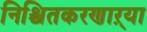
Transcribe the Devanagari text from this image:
निश्चितकरणाऱ्या